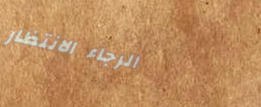
الرجاء الانتظار